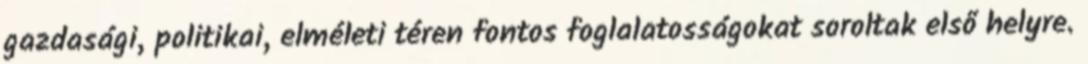
gazdasági, politikai, elméleti téren fontos foglalatosságokat soroltak első helyre.